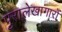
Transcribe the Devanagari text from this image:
पुरालेखागारों